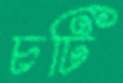
চটি